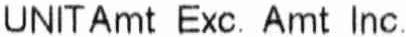
UNIT AMT EXC. AMT INC.